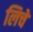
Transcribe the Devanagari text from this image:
लिचे